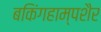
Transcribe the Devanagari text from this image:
बकिंगहाम्पशैर